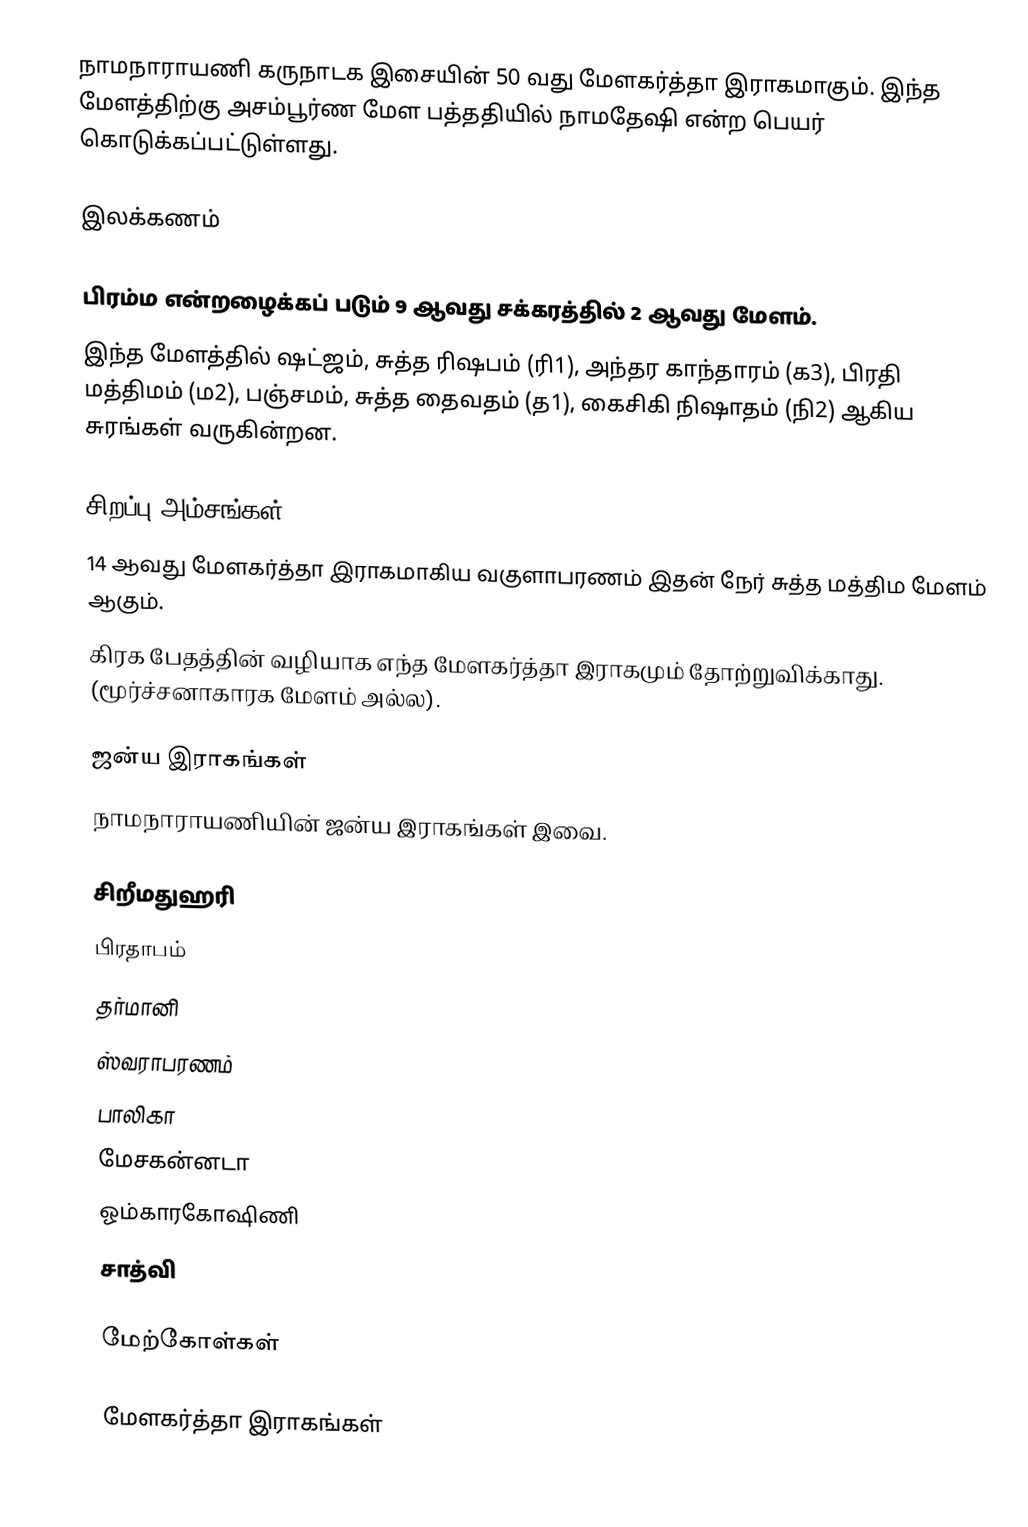
நாமநாராயணி கருநாடக இசையின் 50 வது மேளகர்த்தா இராகமாகும். இந்த மேளத்திற்கு அசம்பூர்ண மேள பத்ததியில் நாமதேஷி என்ற பெயர் கொடுக்கப்பட்டுள்ளது.

இலக்கணம்

 பிரம்ம என்றழைக்கப் படும் 9 ஆவது சக்கரத்தில் 2 ஆவது மேளம்.
 இந்த மேளத்தில் ஷட்ஜம், சுத்த ரிஷபம் (ரி1), அந்தர காந்தாரம் (க3), பிரதி மத்திமம் (ம2), பஞ்சமம், சுத்த தைவதம் (த1), கைசிகி நிஷாதம் (நி2) ஆகிய சுரங்கள் வருகின்றன.

சிறப்பு அம்சங்கள்
 14 ஆவது மேளகர்த்தா இராகமாகிய வகுளாபரணம் இதன் நேர் சுத்த மத்திம மேளம் ஆகும்.
 கிரக பேதத்தின் வழியாக எந்த மேளகர்த்தா இராகமும் தோற்றுவிக்காது. (மூர்ச்சனாகாரக மேளம் அல்ல).

ஜன்ய இராகங்கள்
நாமநாராயணியின் ஜன்ய இராகங்கள் இவை.

 சிறீமதுஹரி
 பிரதாபம்
 தர்மானி
 ஸ்வராபரணம்
 பாலிகா
 மேசகன்னடா
 ஓம்காரகோஷிணி
 சாத்வி

மேற்கோள்கள்

மேளகர்த்தா இராகங்கள்